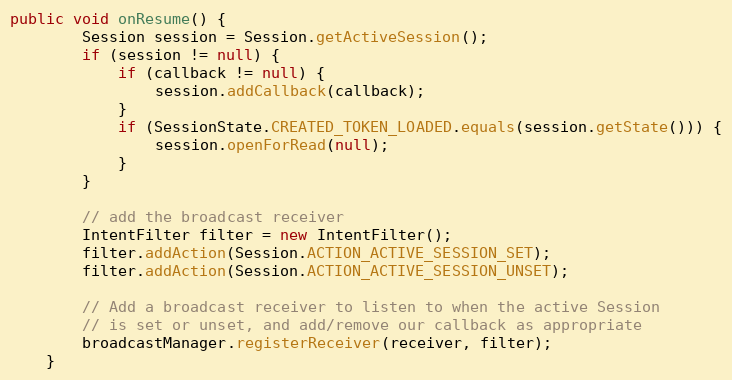
Language: Java
public void onResume() {
        Session session = Session.getActiveSession();
        if (session != null) {
            if (callback != null) {
                session.addCallback(callback);
            }
            if (SessionState.CREATED_TOKEN_LOADED.equals(session.getState())) {
                session.openForRead(null);
            }
        }

        // add the broadcast receiver
        IntentFilter filter = new IntentFilter();
        filter.addAction(Session.ACTION_ACTIVE_SESSION_SET);
        filter.addAction(Session.ACTION_ACTIVE_SESSION_UNSET);

        // Add a broadcast receiver to listen to when the active Session
        // is set or unset, and add/remove our callback as appropriate
        broadcastManager.registerReceiver(receiver, filter);
    }